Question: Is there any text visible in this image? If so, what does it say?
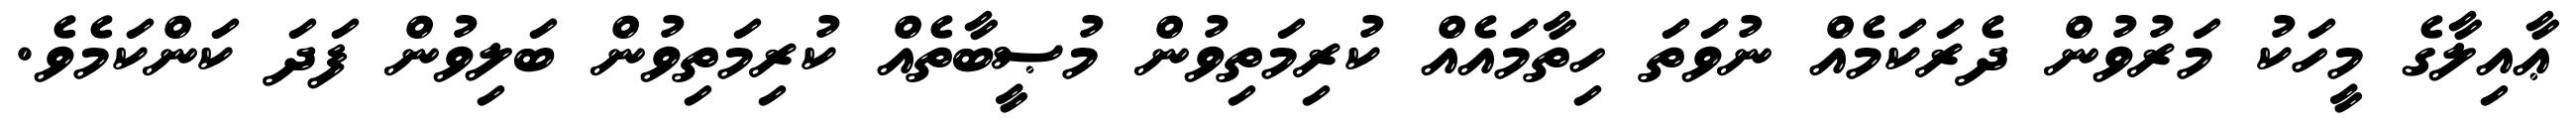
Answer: ޢާއިލާގެ މީހަކު މަރުވުން ދެރަކަމެއް ނުވަތަ ހިތާމައެއް ކުރިމަތިވުން މުޞީބާތެއް ކުރިމަތިވުން ބަލިވުން ފަދަ ކަންކަމެވެ.